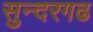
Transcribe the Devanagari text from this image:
सुन्दरगढ